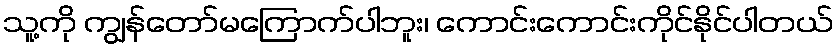
သူ့ကို ကျွန်တော်မကြောက်ပါဘူး၊ ကောင်းကောင်းကိုင်နိုင်ပါတယ်